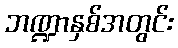
ဘဏ္ဍာနှစ်အတွင်း